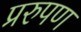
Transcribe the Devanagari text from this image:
प्ररुपण